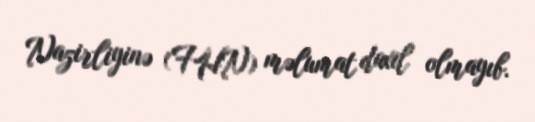
Nazirliyinə (FHN) məlumat daxil olmayıb.